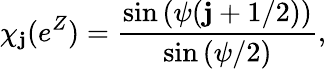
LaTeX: \chi_{\mathbf{j}}(e^{Z})={\frac{{\sin{(\psi(\mathbf{j}+1/2))}}}{{\sin{(\psi/2)}}}},